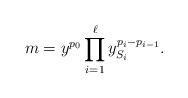
LaTeX: \begin{align*}m=y^{p_0}\prod_{i=1}^\ell y_{S_i}^{p_i-p_{i-1}}.\end{align*}